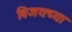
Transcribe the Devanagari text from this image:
विजयच्या